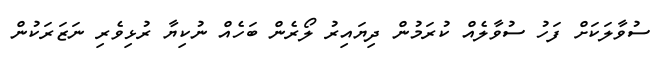
ސުވާލަކަށް ފަހު ސުވާލެއް ކުރަމުން ދިޔައިރު ލޯރެން ބަހެއް ނުކިޔާ ރުޅިވެރި ނަޒަރަކުން